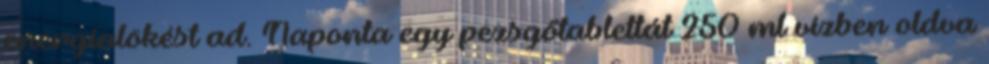
energialökést ad. Naponta egy pezsgőtablettát 250 ml vízben oldva